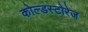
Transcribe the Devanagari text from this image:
कोल्डस्टोरेज